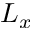
L _ { x }